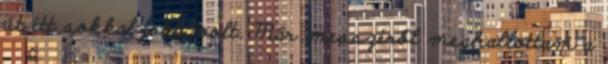
út itt sokkal jobb volt. Már messziről meghallottam a